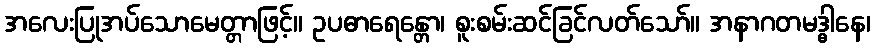
အလေးပြုအပ်သောမေတ္တာဖြင့်။ ဥပဓာရေန္တော၊ စူးစမ်းဆင်ခြင်လတ်သော်။ အနာဂတမဒ္ဓါနေ၊